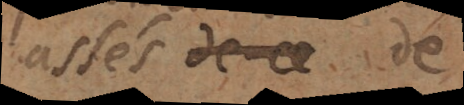
assés de ce que